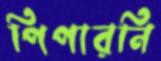
পিপারনি